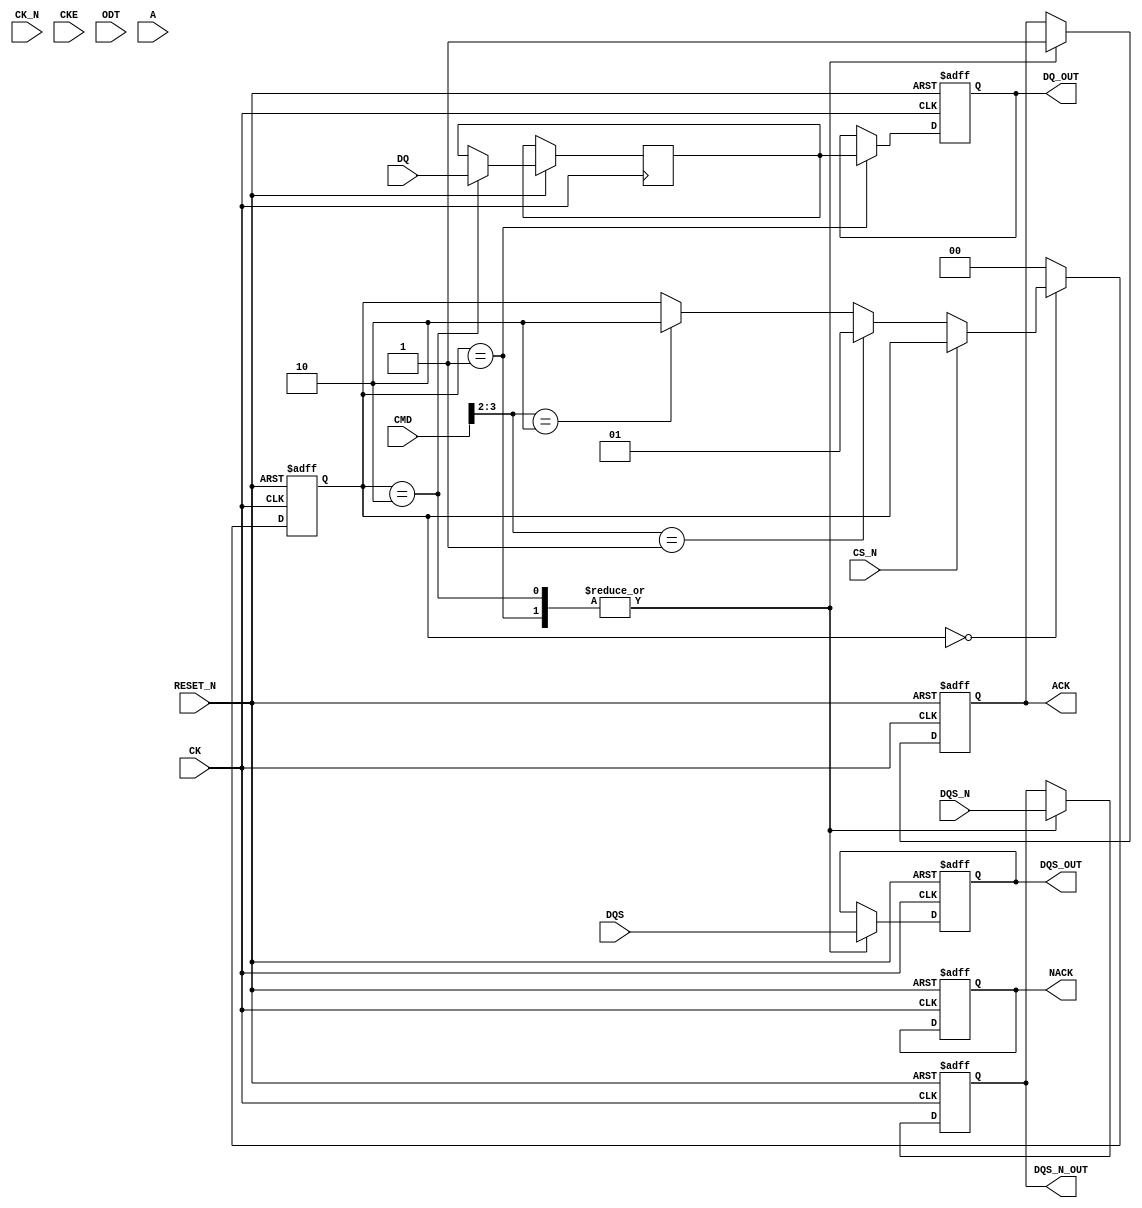
module gddr_io_block #(
    parameter DATA_WIDTH = 32,  // Configurable data bus width (16, 32, 64)
    parameter ADDR_WIDTH = 16    // Address width
)(
    // Input Signals
    input wire CK,               // Clock
    input wire CK_N,             // Inverted Clock
    input wire CKE,              // Clock Enable
    input wire CS_N,             // Chip Select
    input wire ODT,              // On-Die Termination
    input wire [ADDR_WIDTH-1:0] A, // Address
    input wire [3:0] CMD,        // Command
    input wire [DATA_WIDTH-1:0] DQ, // Data Input
    input wire DQS,              // Data Strobe
    input wire DQS_N,            // Inverted Data Strobe
    input wire RESET_N,          // Asynchronous Reset

    // Output Signals
    output reg [DATA_WIDTH-1:0] DQ_OUT, // Data Output
    output reg DQS_OUT,          // Data Strobe Output
    output reg DQS_N_OUT,        // Inverted Data Strobe Output
    output reg ACK,              // Acknowledgment
    output reg NACK              // Negative Acknowledgment
);

    // Internal Signals
    reg [DATA_WIDTH-1:0] data_buffer; // Buffer for data
    reg [ADDR_WIDTH-1:0] addr_buffer; // Buffer for address
    reg [3:0] cmd_buffer;              // Buffer for command
    reg power_state;                   // Power state management

    // State Definitions
    localparam IDLE = 2'b00;
    localparam READ = 2'b01;
    localparam WRITE = 2'b10;
    reg [1:0] state;

    // Asynchronous Reset Logic
    always @(posedge CK or negedge RESET_N) begin
        if (!RESET_N) begin
            state <= IDLE;
            DQ_OUT <= 0;
            DQS_OUT <= 0;
            DQS_N_OUT <= 0;
            ACK <= 0;
            NACK <= 0;
            power_state <= 1'b1; // Active
        end else begin
            // Power Management
            if (!CKE) begin
                power_state <= 1'b0; // Low power mode
            end else begin
                power_state <= 1'b1; // Active mode
            end

            // State Machine for Read/Write Operations
            case (state)
                IDLE: begin
                    if (!CS_N) begin
                        cmd_buffer <= CMD;
                        addr_buffer <= A;
                        if (CMD[3:2] == 2'b01) begin // Assuming 01 is Read
                            state <= READ;
                        end else if (CMD[3:2] == 2'b10) begin // Assuming 10 is Write
                            state <= WRITE;
                        end
                    end
                end
                READ: begin
                    // Read Operation Logic
                    DQ_OUT <= data_buffer; // Simulate data read
                    DQS_OUT <= DQS;        // Output DQS
                    DQS_N_OUT <= DQS_N;    // Output DQS#
                    ACK <= 1;              // Acknowledge read
                    state <= IDLE;         // Return to idle
                end
                WRITE: begin
                    // Write Operation Logic
                    data_buffer <= DQ;     // Capture incoming data
                    DQS_OUT <= DQS;        // Output DQS
                    DQS_N_OUT <= DQS_N;    // Output DQS#
                    ACK <= 1;              // Acknowledge write
                    state <= IDLE;         // Return to idle
                end
                default: state <= IDLE;
            endcase
        end
    end

endmodule